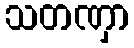
သတဏှာ